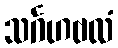
သင်္ဂဟဗလံ